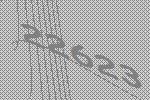
22623